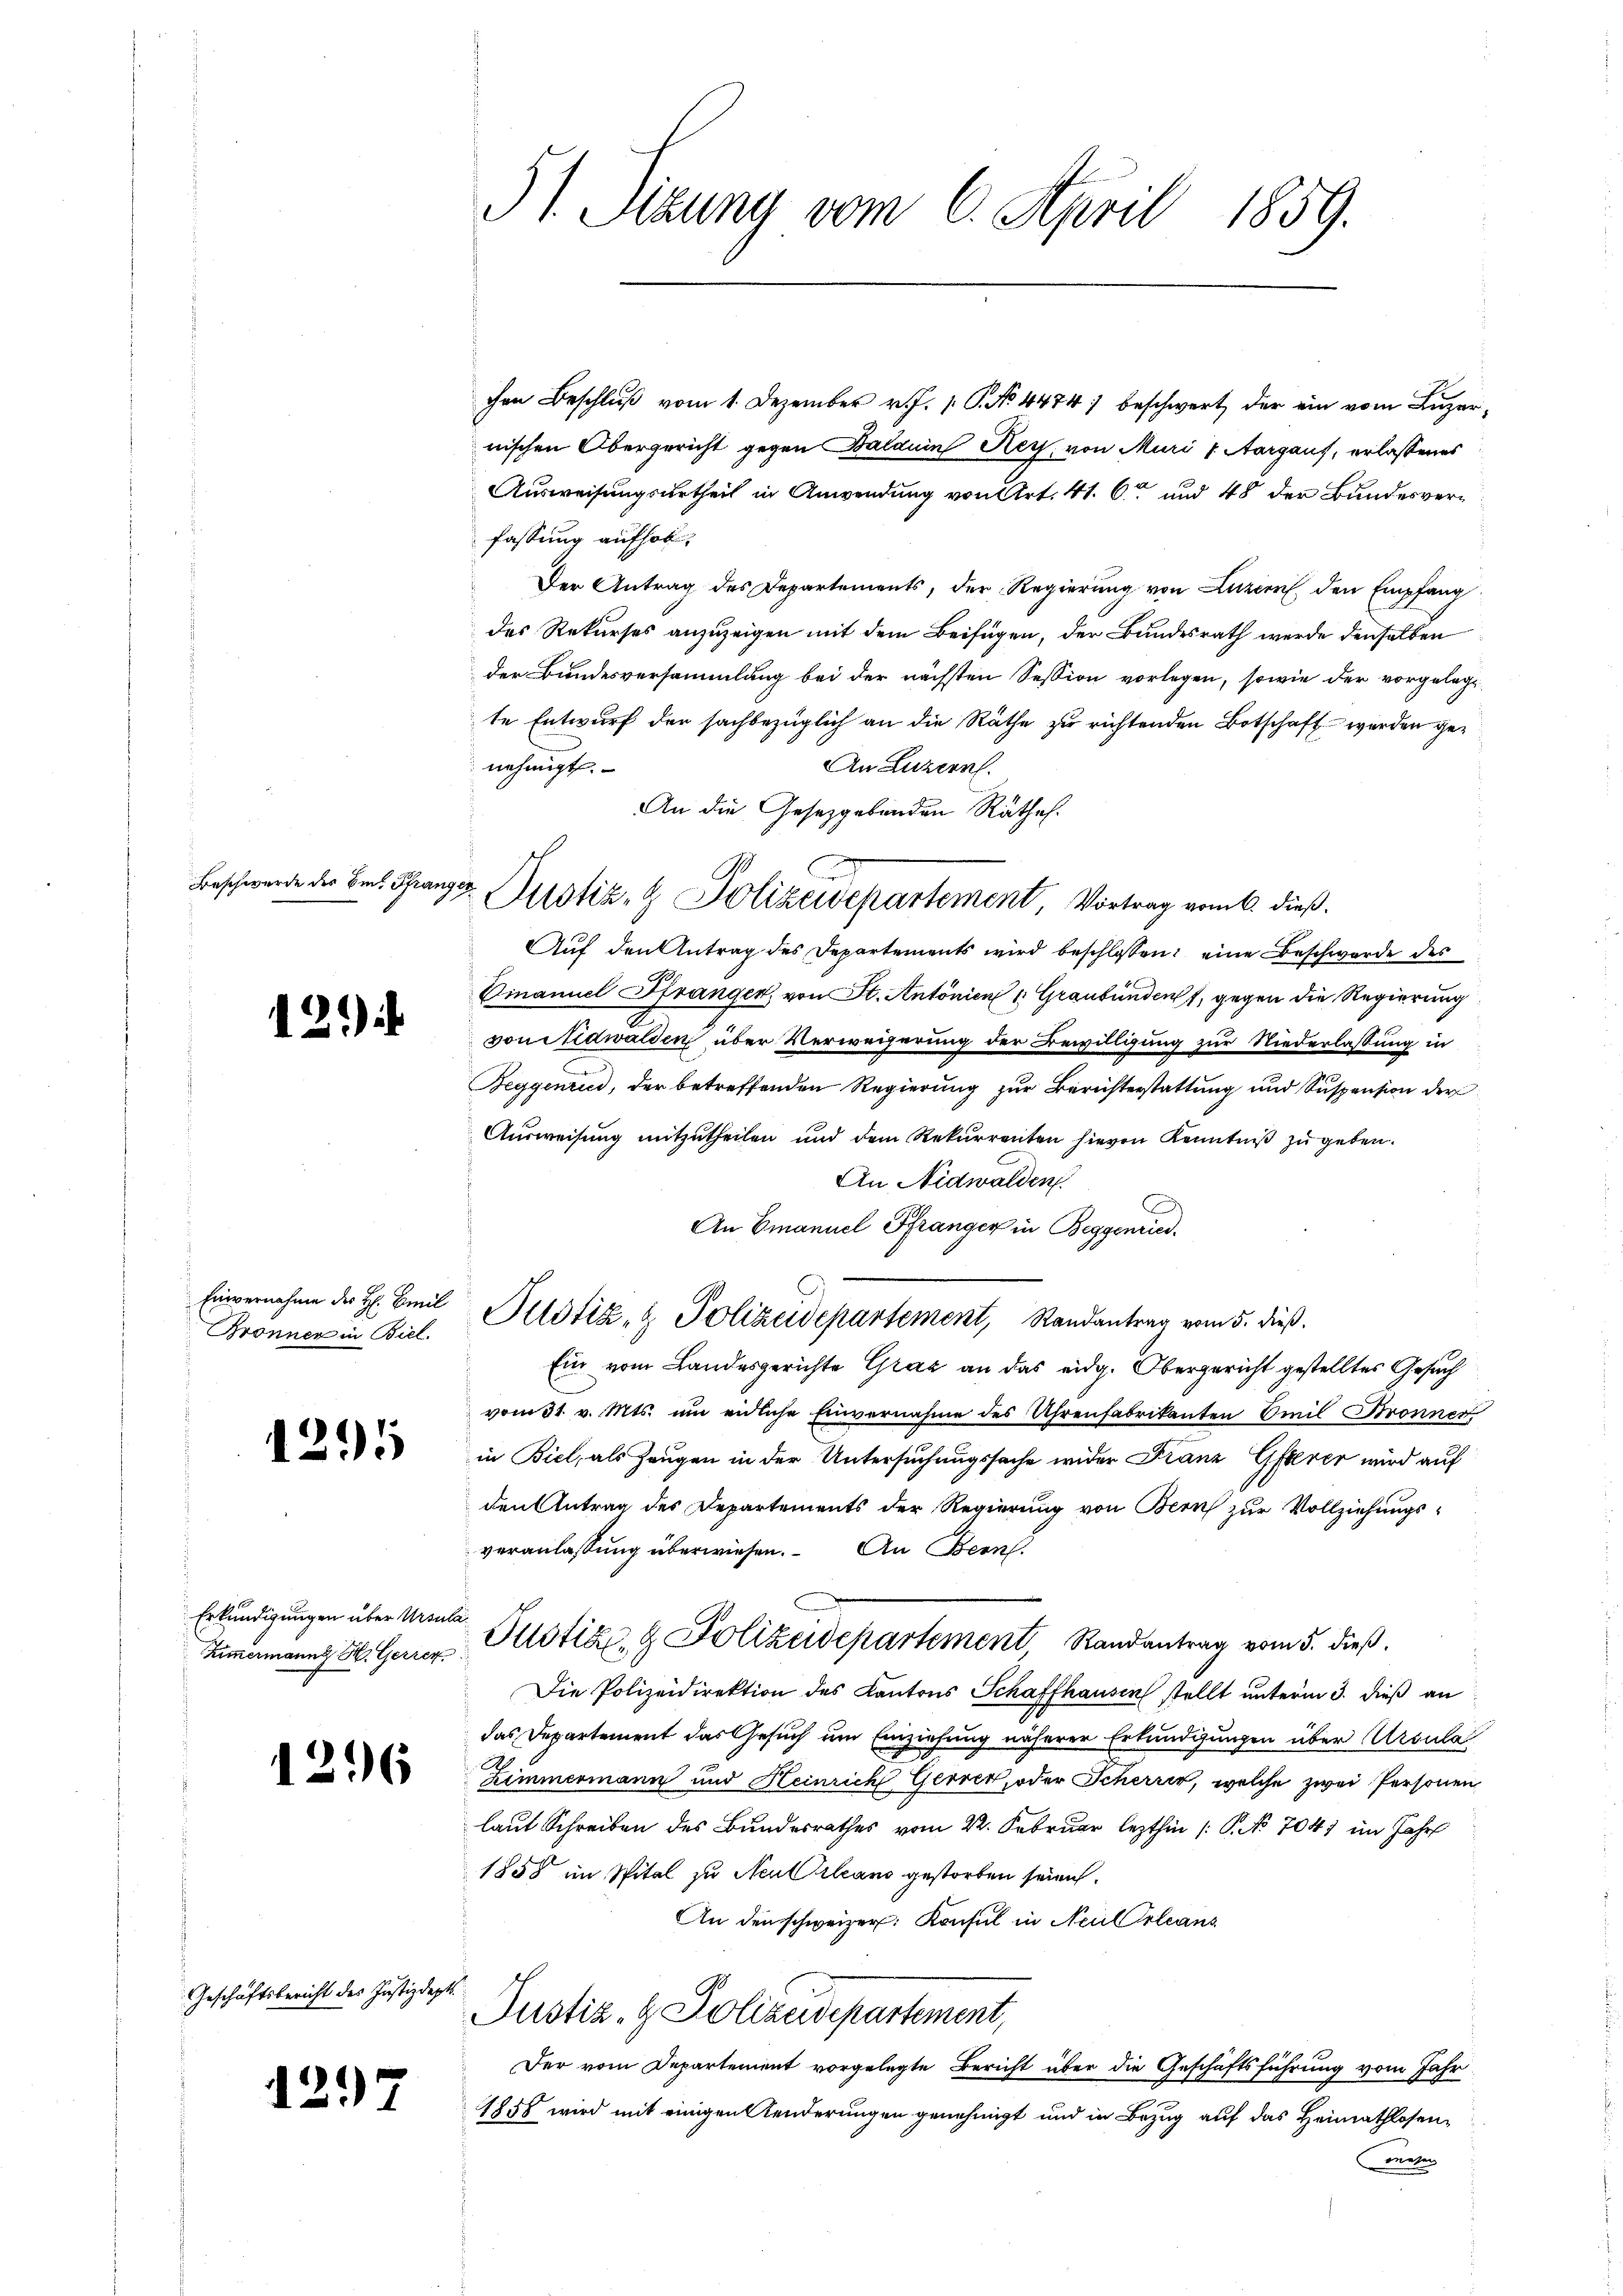
§1. Tizung vom 6. April 1859.

chen Beschluß vom 1. Dezember v. J. P. P. No 4474) beschwert, der ein vom Luzernischen Obergericht gegen Balduin Rey, von Muri v. Aargaus, erlassenes
Ausweisungsurtheil in Anwendung von Art. 41. 6 und 48 der Bundesverfassung aufhob,
Der Antrag des Departements, der Regierung von Luzern den Empfang
des Rekurses anzuzeigen mit dem Beifügen, der Bundesrath werde denselben
der Bundesversammlung bei der nächsten Session vorlegen, sowie der vorgelegt
te Entwurf der sachbezüglich an die Räthe zu richtenden Botschaft werden genehmigt.
An Luzern.
An die Gesetzgebenden Räthe.
Auf den Antrag des Departements wird beschlossen: eine Beschwerde des
Einanuel Strangen, von St. Antonien 1. Graubünden, gegen die Regierung
vonawalden über Verweigerung der Bewilligung zur Niederlassung in
Beggenried, der betreffenden Regierung zur Berichterstattung und Suspension der
Ausweisung mitzutheilen und dem Rekurrenten hievon Kenntniß zu geben.
An Nidwalden.
C
An Emanuel Pfränger in Beggenried.
Justiz- & Polizeidepartement, Randantrag vom 5. dieß.
Ein vom Landesgerichte Graz an das eidg. Obergericht gestelltes Gesuch
vom 31. v. Mts. um eidliche Einvernahme des Uhrenfabrikanten Emil Stronnert
in Biel, als Zeugen in der Untersuchungssache wider Franz Geerer wird auf
den Antrag des Departements der Regierung von Bern zur Vollziehungsveranlassung überwiesen. An Bern.
Ca
Zimermanns St. Gerner Plotiz & Polizeidepartement, Randantrag vom 5. dieß.
Die Polizeidirektion des Kantons Schaffhausen stellt unterm 3. dieß an
das Departement das Gesuch um Einziehung näherer Erkundigungen über Ursula
.
Zimmermann und Heinrich Gerrer, oder Scherrer, welche zwei Personen
laut Schreiben des Bundesrathes vom 22. Februar lezthin /: P. No 7041 im Jahr
1858 im Spital zu Neutrleans gestorben sein.
An den schweizer. Konsul in Neul Orleans
Justiz- & Polizeidepartement,
Der vom Departement vorgelegte Bericht über die Geschäftsführung vom Jahr
1858 wird mit einigen Aenderungen genehmigt und in Bezug auf das Heimathlosen¬
Mater

.

E
Justiz- & Polizeiepartement, Vortrag vom 6. dieß.

Beschwerde der Eins Franz

12.)

Einvernahme des H: Beil
Gronner in Biel.

1

.

Erkundigungen über Ursul

6

l

Geschäftsbericht des Justizdepts

1297